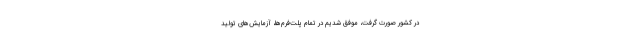
در کشور صورت گرفت، موفق شدیم در تمام پلت‌فرم‌ها، آزمایش‌های تولید